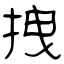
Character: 拽